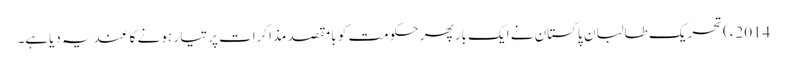
2014ء)تحریک طالبان پاکستان نے ایک بار پھر حکومت کو بامقصد مذاکرات پر تیا ر ہونے کا عندیہ دیاہے۔